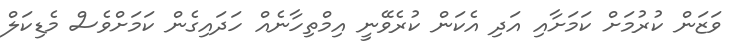
ވަޒަން ކުރުމަށް ކަމަށާއި އަދި އެކަން ކުރެވޭނީ އިމްތިހާނެއް ހަދައިގެން ކަމަަށްވެސް މެޑިކަލް